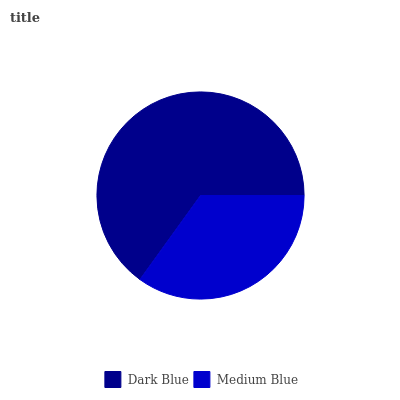
| Dark Blue | Medium Blue |
 | --- | --- |
 | 65% | 35% |